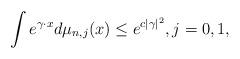
LaTeX: \begin{align*}\int e^{\gamma \cdot x}d\mu_{n,j}(x)\leq e^{c|\gamma|^2}, j = 0, 1, \end{align*}